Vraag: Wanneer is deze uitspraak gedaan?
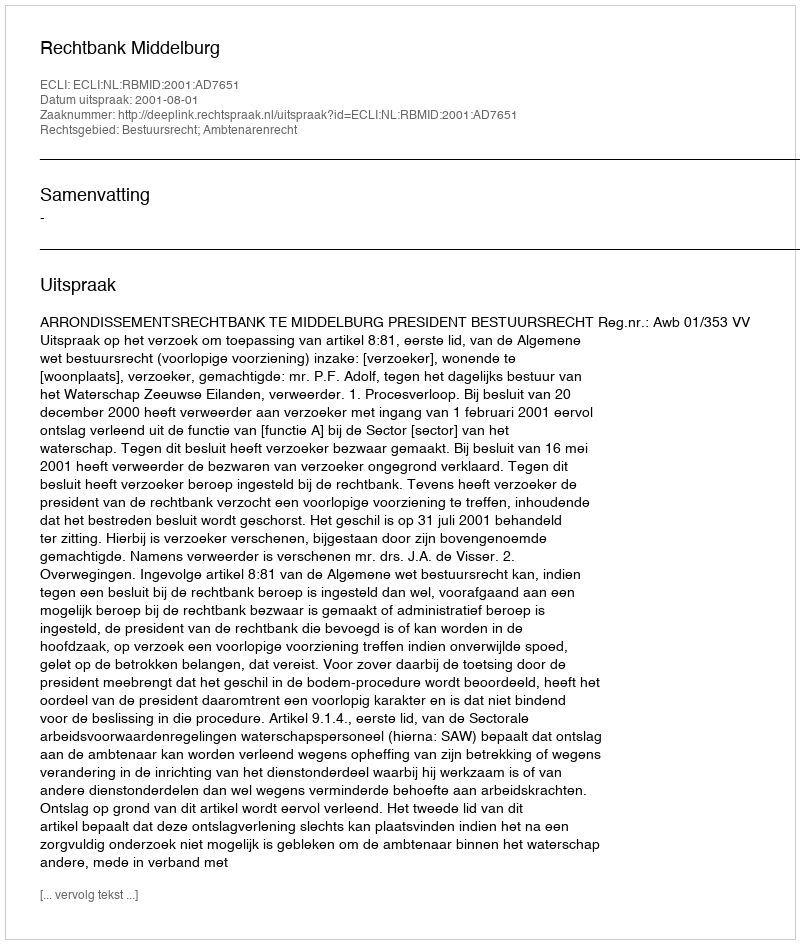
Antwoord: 2001-08-01